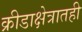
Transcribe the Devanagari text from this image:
क्रीडाक्षेत्रातही